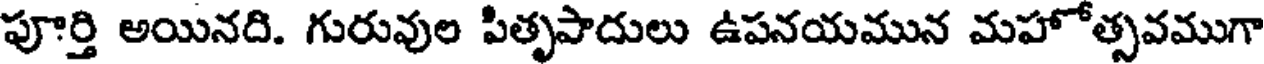
పూర్తి అయినది. గురువుల పితృపాదులు ఉపనయమున మహోత్సవముగా